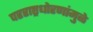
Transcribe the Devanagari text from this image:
परराष्ट्रधोरणांमुळे